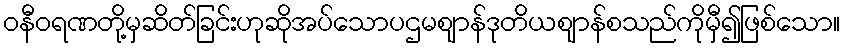
ဝနီဝရဏတို့မှဆိတ်ခြင်းဟုဆိုအပ်သောပဌမဈာန်ဒုတိယဈာန်စသည်ကိုမှီ၍ဖြစ်သော။